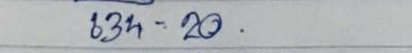
634 - 20